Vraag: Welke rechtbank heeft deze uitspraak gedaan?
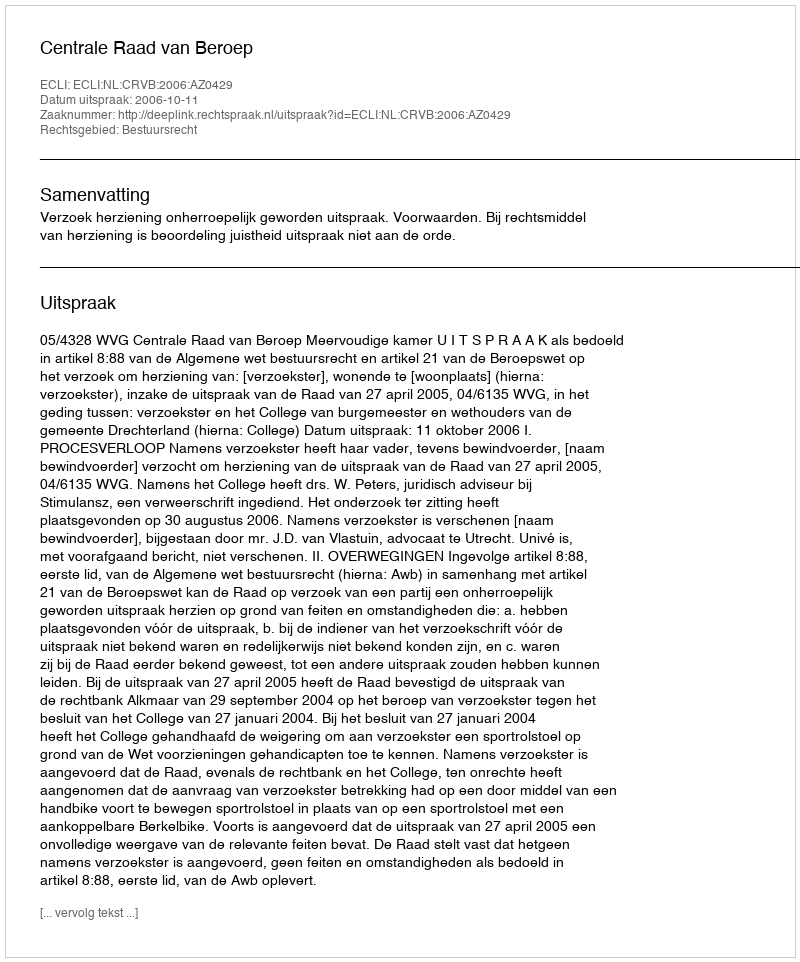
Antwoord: Centrale Raad van Beroep